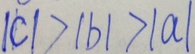
\vert c \vert > \vert b \vert > \vert a \vert